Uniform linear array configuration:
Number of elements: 16
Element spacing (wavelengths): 0.5
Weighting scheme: binomial
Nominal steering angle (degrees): -30
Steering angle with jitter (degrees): -31.875
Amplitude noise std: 0.05
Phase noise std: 0.05

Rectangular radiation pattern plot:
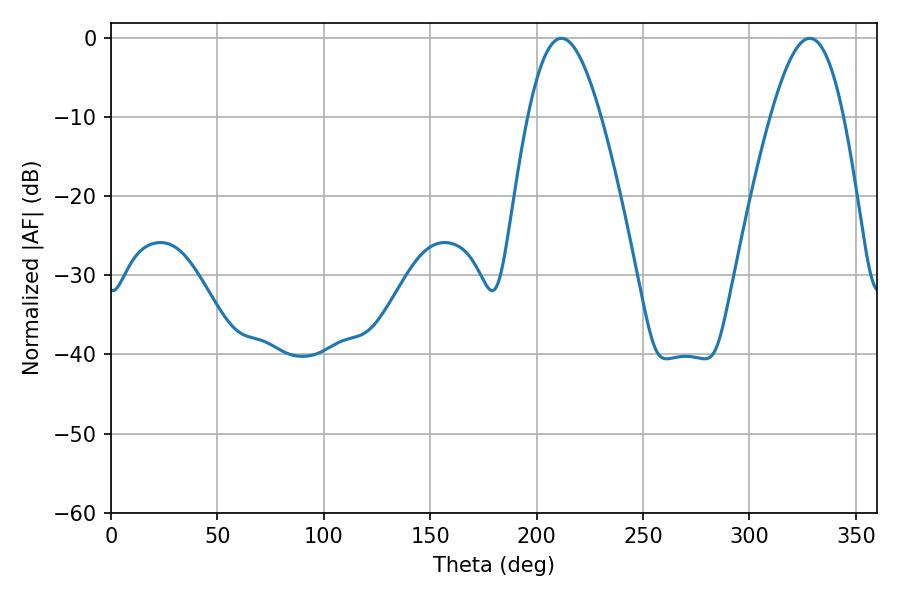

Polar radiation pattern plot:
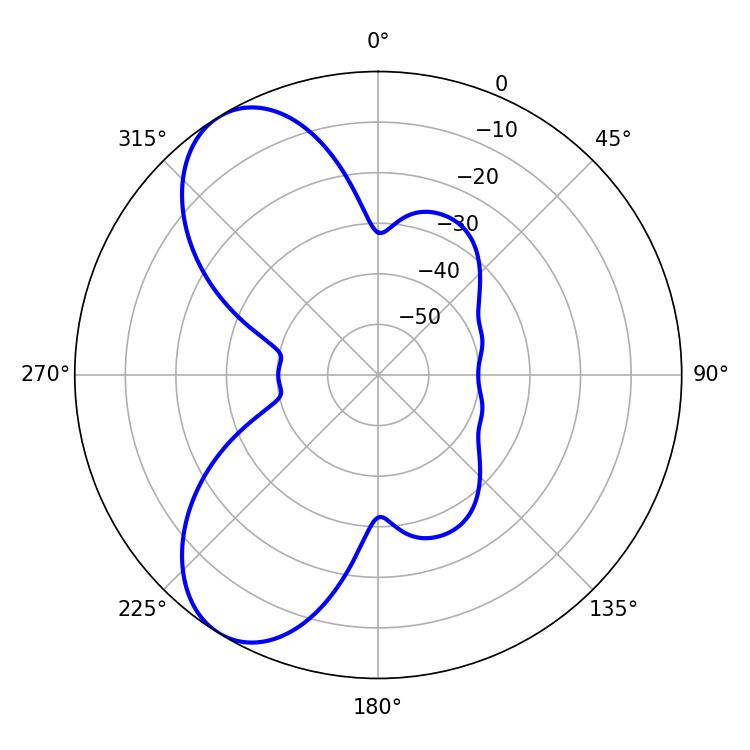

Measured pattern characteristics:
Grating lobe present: FALSE
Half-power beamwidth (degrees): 18.54
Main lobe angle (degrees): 211.68